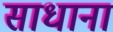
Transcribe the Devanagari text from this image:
साधाना